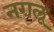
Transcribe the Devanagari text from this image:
नग़लू